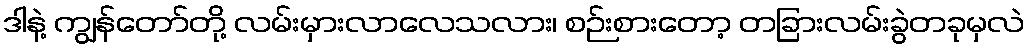
ဒါနဲ့ ကျွန်တော်တို့ လမ်းမှားလာလေသလား၊ စဉ်းစားတော့ တခြားလမ်းခွဲတခုမှလဲ